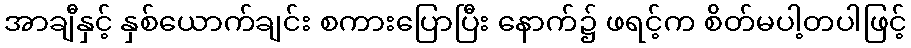
အာချီနှင့် နှစ်ယောက်ချင်း စကားပြောပြီး နောက်၌ ဖရင့်က စိတ်မပါ့တပါဖြင့်